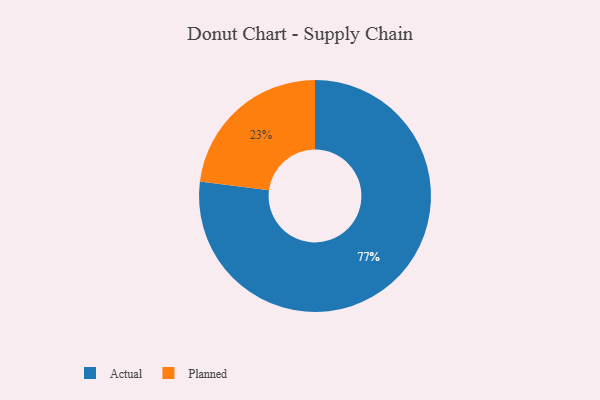
{"axis": {"x": "Category", "y": "Percentage"}, "legend": ["Actual", "Planned"], "data": [{"x": "Actual", "y": 77, "type": "Actual"}, {"x": "Planned", "y": 23, "type": "Planned"}]}